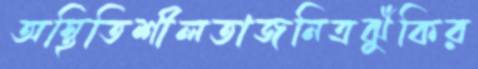
অস্থিতিশীলতাজনিত্রঝুঁকির